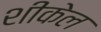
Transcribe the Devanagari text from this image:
शीकेल